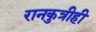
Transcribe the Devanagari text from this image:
रानकुत्रीही